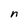
Character: n